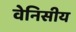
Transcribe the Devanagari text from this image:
वेनिसीय